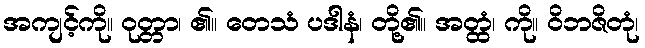
အကျင့်ကို။ ဝုတ္တာ၊ ၏။ တေသံ ပဒါနံ၊ တို့၏။ အတ္ထံ၊ ကို။ ဝိဘဇိတုံ၊